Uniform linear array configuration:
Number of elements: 48
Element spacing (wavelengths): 0.25
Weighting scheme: exponential
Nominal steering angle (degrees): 0
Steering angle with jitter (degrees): -0.932
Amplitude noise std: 0.05
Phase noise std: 0.05

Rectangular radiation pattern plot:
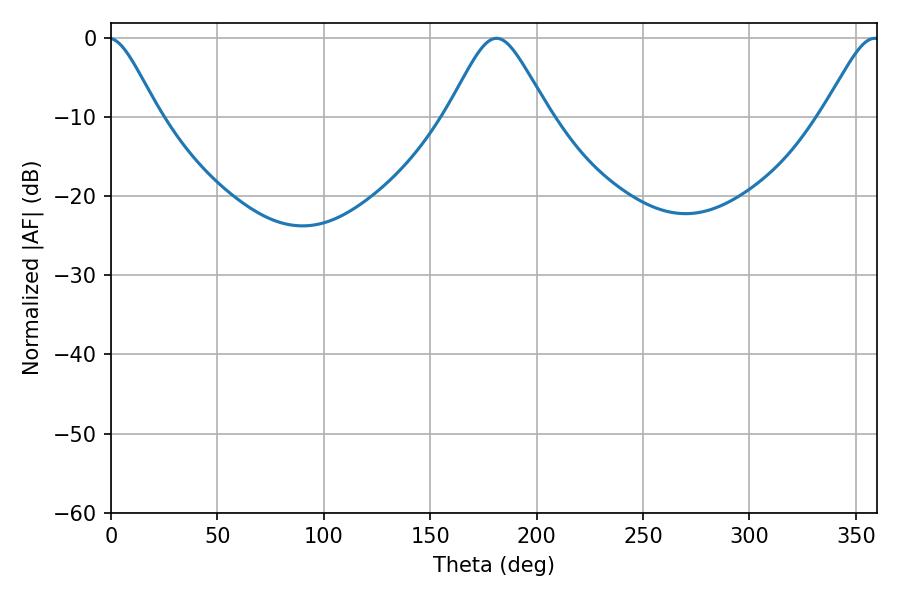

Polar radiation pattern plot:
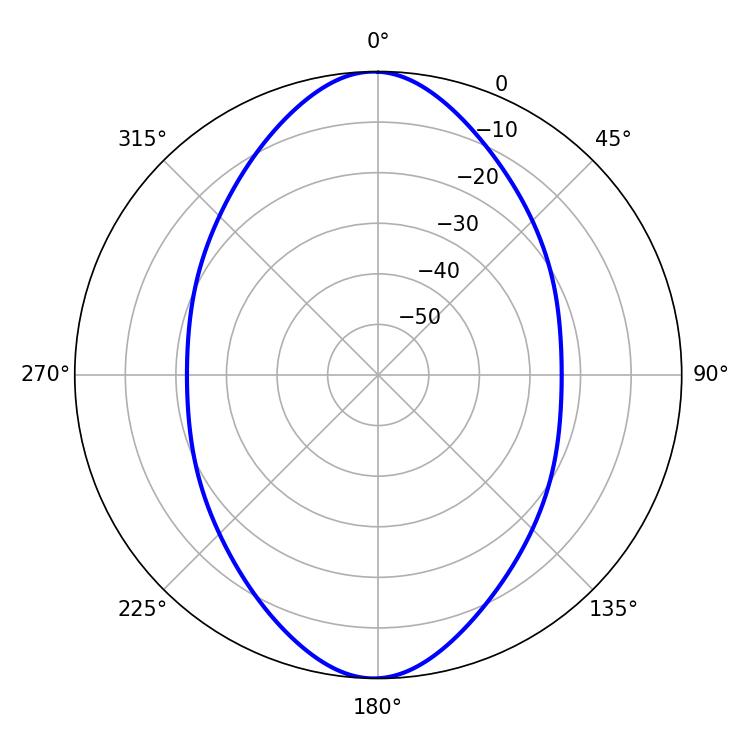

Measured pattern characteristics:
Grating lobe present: FALSE
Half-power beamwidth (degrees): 23.04
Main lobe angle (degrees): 181.08